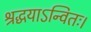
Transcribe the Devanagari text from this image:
श्रद्धयाऽन्वितः।